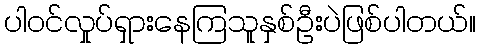
ပါဝင်လှုပ်ရှားနေကြသူနှစ်ဦးပဲဖြစ်ပါတယ်။